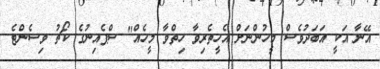
އޭނާ އަކީ އަބަދުވެސް މީހުންނަށް އެހީތެރިވާ ހިތްވާ މީހެއް" ސްޕެއިނުގެ ކޯޗު ވިސެންޓެ